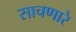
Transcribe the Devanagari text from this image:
साचणारे